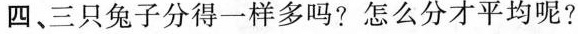
四、三只兔子分得一样多吗？怎么分才平均呢？